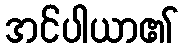
အင်ပါယာ၏